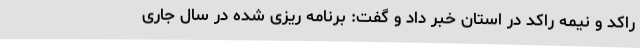
راکد و نیمه راکد در استان خبر داد و گفت: برنامه ریزی شده در سال جاری